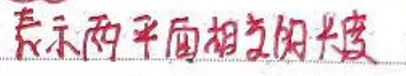
表示两平面相交所成的角度